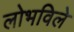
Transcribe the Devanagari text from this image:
लोभविले